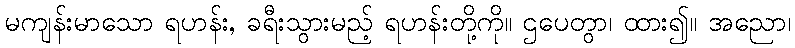
မကျန်းမာသော ရဟန်း, ခရီးသွားမည့် ရဟန်းတို့ကို။ ဌပေတွာ၊ ထား၍။ အညော၊